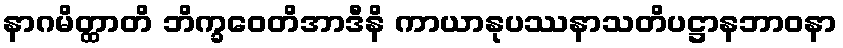
နာဂမိတ္ထာတိ ဘိက္ခဝေတိအာဒီနိ ကာယာနုပဿနာသတိပဋ္ဌာနဘာဝနာ